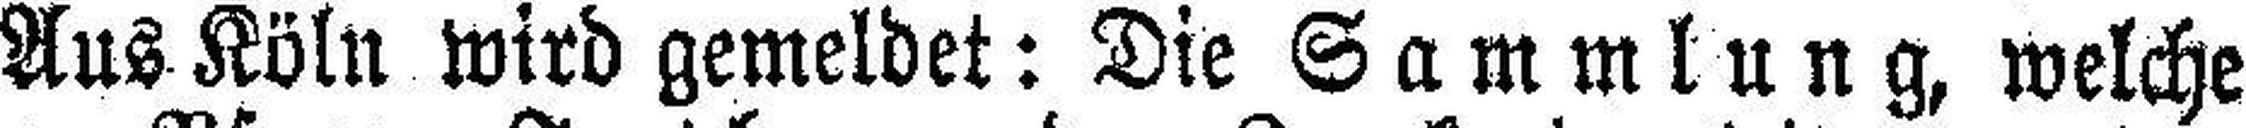
Aus Köln wird gemeldet: Die Sammlung, welche